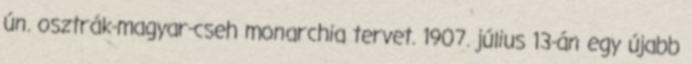
ún. osztrák-magyar-cseh monarchia tervet. 1907. július 13-án egy újabb